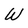
Character: W